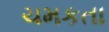
ચમકતા